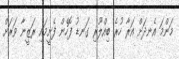
މަންމަ އެނދަށް އަރާ ހުރެ ބިއްލޫރި ގަނޑު ފޮހެން ފެށީމައި ރަޒީނާ ވަރަށް